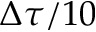
\Delta \tau / 1 0